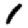
Digit: 1